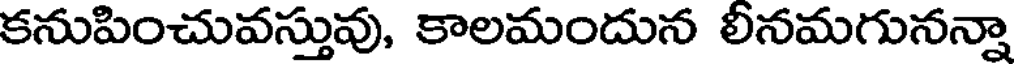
కనుపించువస్తువు, కాలమందున లీనమగునన్నా